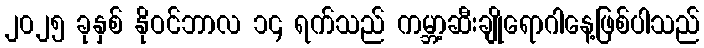
၂၀၂၅ ခုနှစ် နိုဝင်ဘာလ ၁၄ ရက်သည် ကမ္ဘာ့ဆီးချိုရောဂါနေ့ဖြစ်ပါသည်